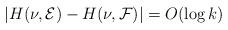
LaTeX: \begin{align*}|H(\nu,\mathcal{E}) - H(\nu,\mathcal{F})|=O(\log k)\end{align*}